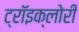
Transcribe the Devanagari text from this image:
ट्रॉइक्लोरी